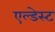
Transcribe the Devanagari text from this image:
एल्डेस्ट